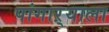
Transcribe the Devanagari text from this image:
पांगाऱ्याला